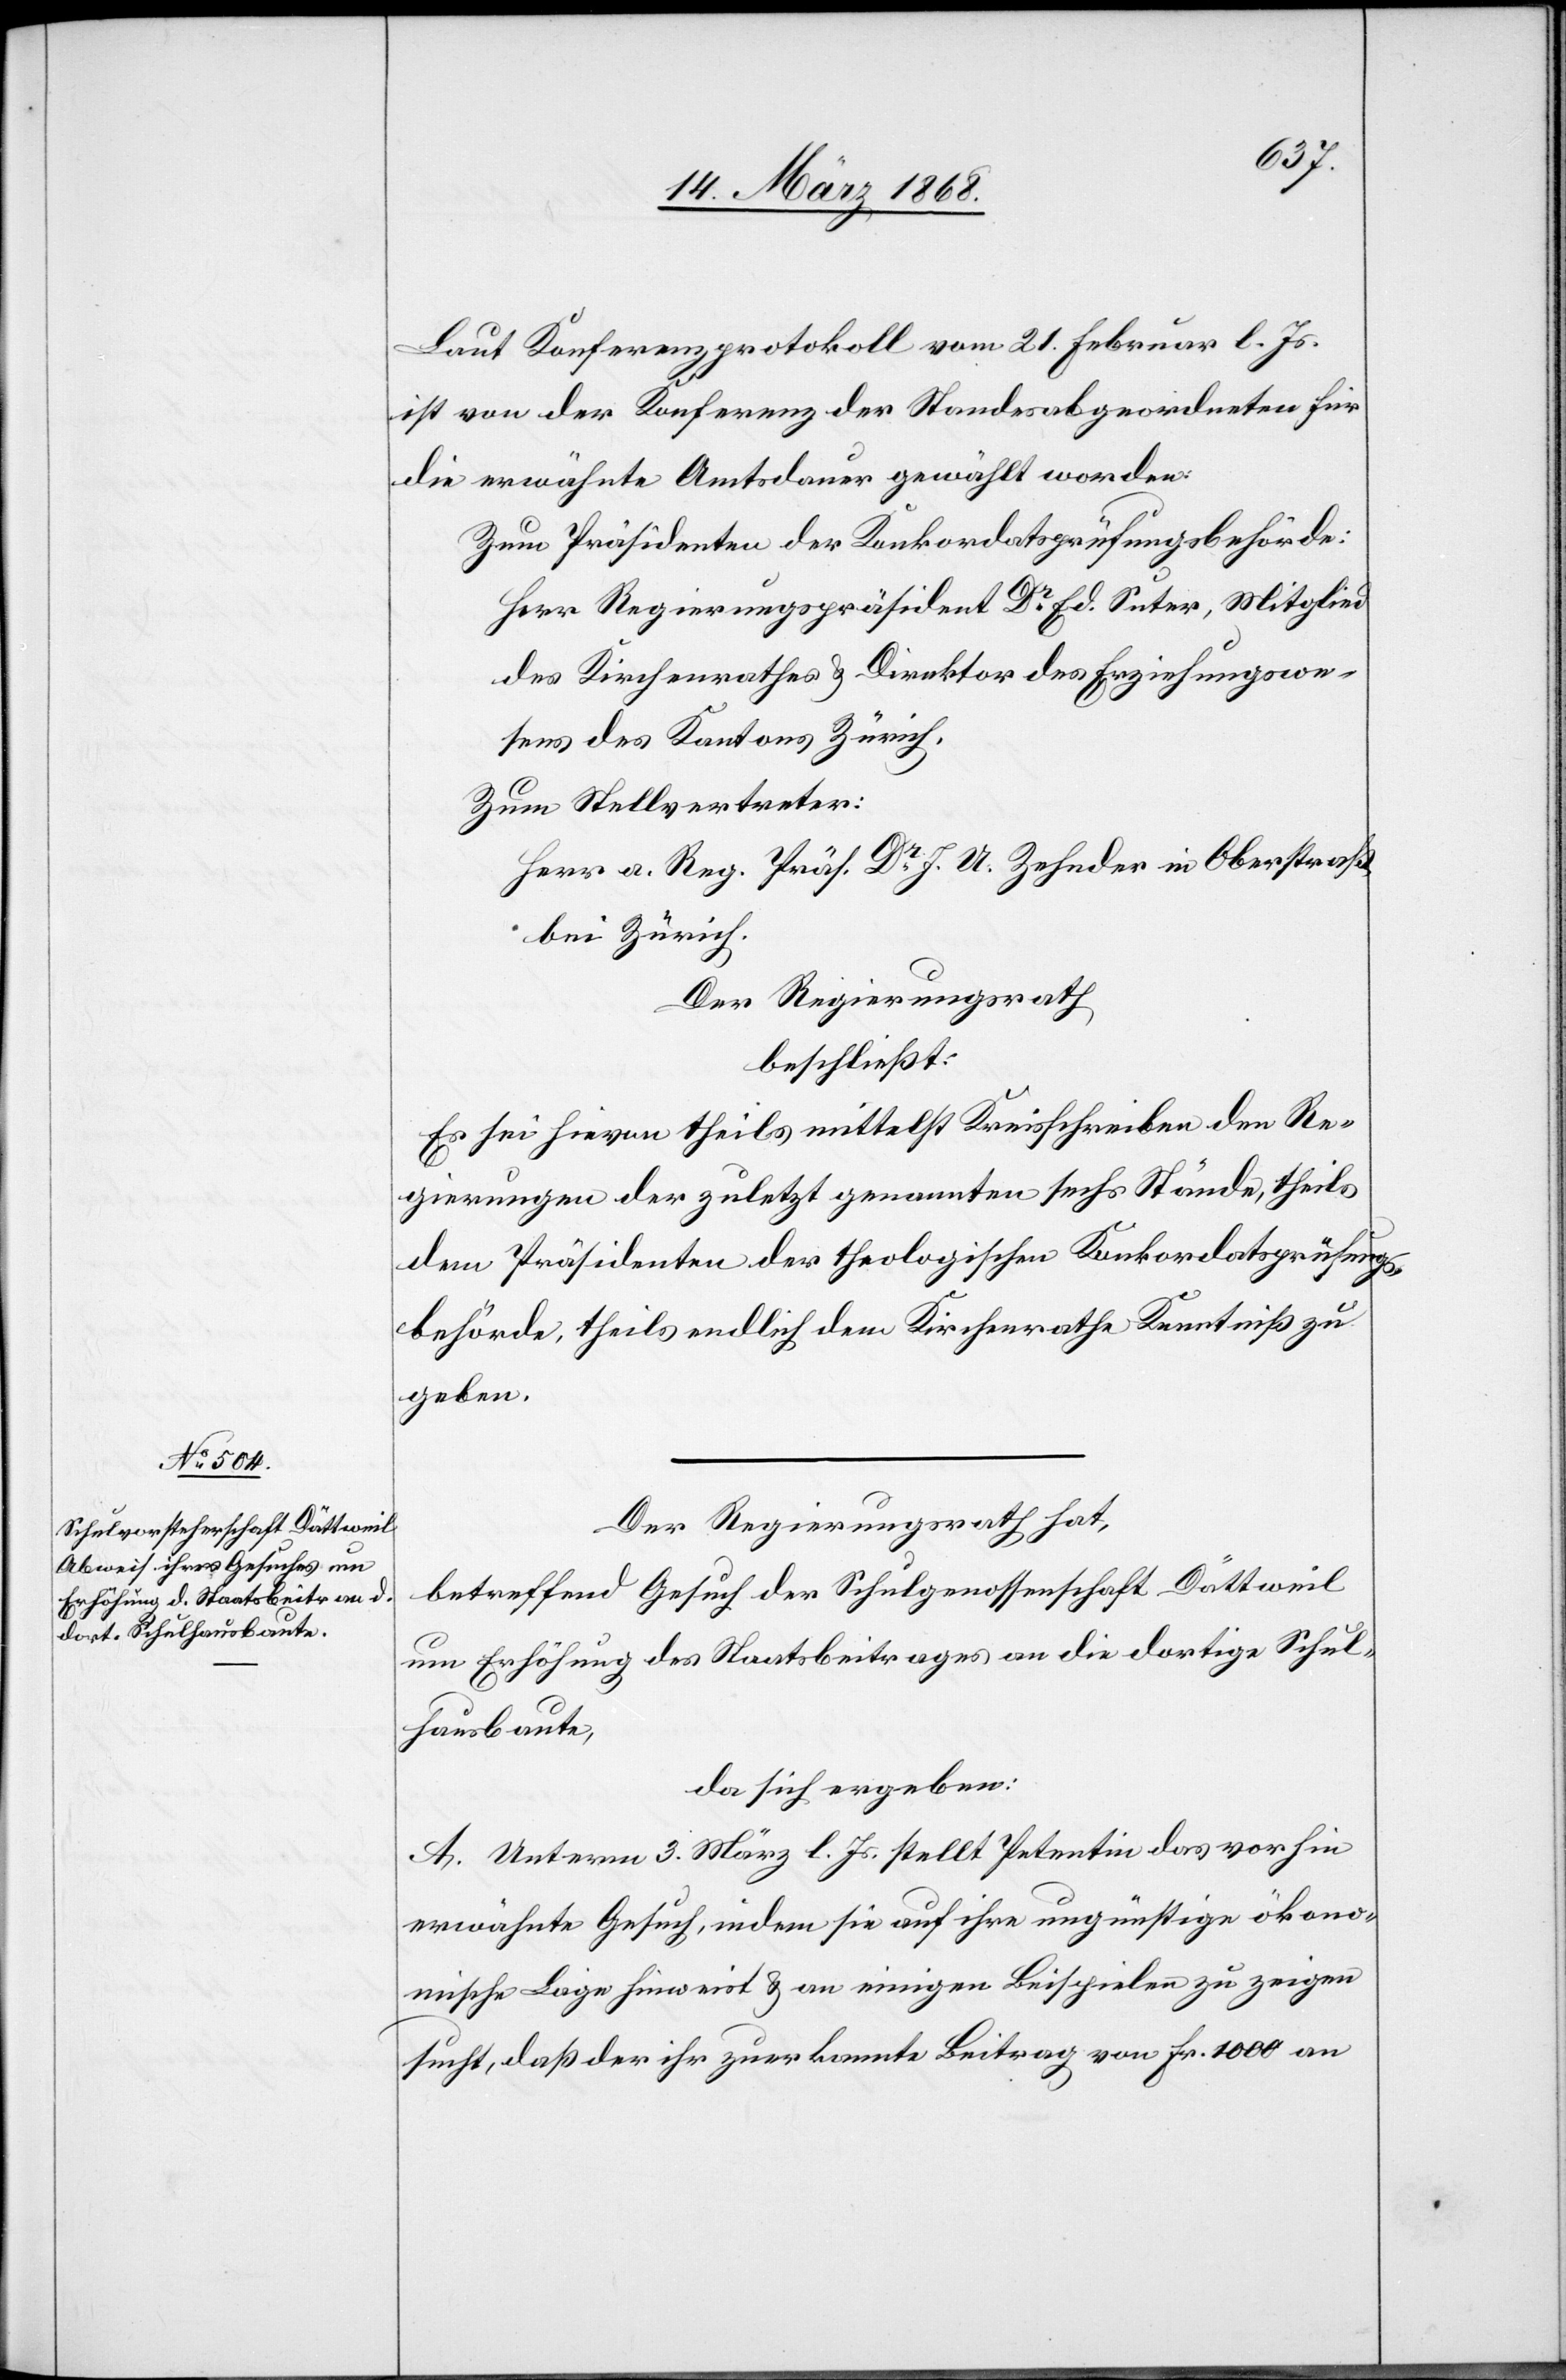
Laut Konferenzprotokoll vom 21. Februar l. Js.
ist von der Konferenz der Standesabgeordneten für
die erwähnte Amtsdauer gewählt worden:
Zum Präsidenten der Konkordatsprüfungsbehörde:
Herr Regierungspräsident Dr. Ed. Suter, Mitglied
des Kirchenrathes & Direktor des Erziehungswe¬
sens des Kantons Zürich.
Zum Stellvertreter:
Herr a. Reg. Präs. Dr. J. U. Zehnder in Oberstraß,
bei Zürich.
Der Regierungsrath
beschließt:
Es sei hievon theils mittelst Kreisschreiben den Re¬
gierungen der zuletzt genannten sechs Stände, theils
dem Präsidenten der theologischen Konkordatsprüfungs¬
behörde, theils endlich dem Kirchenrathe Kenntniß zu
geben.
Der Regierungsrath hat,
betreffend Gesuch der Schulgenossenschaft Dättweil
um Erhöhung des Staatsbeitrages an die dortige Schul¬
hausbaute,
da sich ergeben:
A. Unterm 3. März l. Js. stellt Petentin das vorhin
erwähnte Gesuch, indem sie auf ihre ungünstige ökono¬
mische Lage hinweist & an einigen Beispielen zu zeigen
sucht, daß der ihr zuerkannte Beitrag von Fr. 1000 an